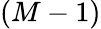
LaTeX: (M-1)